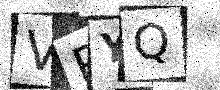
Text: VRYQ